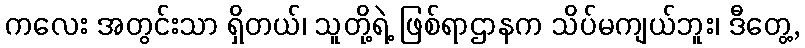
ကလေး အတွင်းသာ ရှိတယ်၊ သူတို့ရဲ့ ဖြစ်ရာဌာနက သိပ်မကျယ်ဘူး၊ ဒီတွေ့,